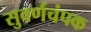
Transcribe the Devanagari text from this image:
सुवर्णचंपक